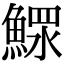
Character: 𩹌